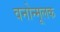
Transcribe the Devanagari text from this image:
वनोन्मूलक